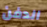
الدفن